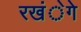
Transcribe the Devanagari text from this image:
रखंेगे